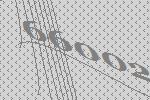
66002